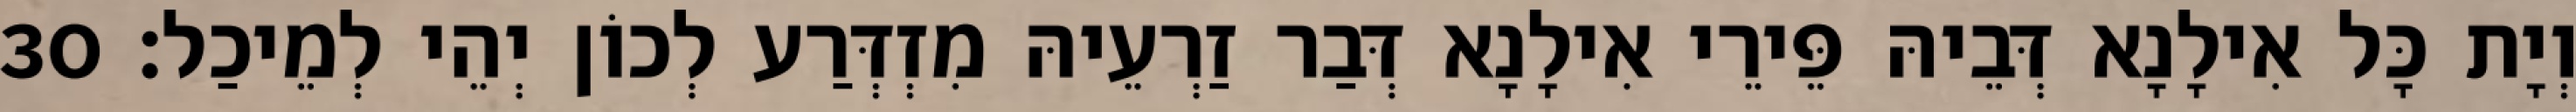
וְיָת כָּל אִילָנָא דְּבֵיהּ פֵּירֵי אִילָנָא דְּבַר זַרְעֵיהּ מִזְדְּרַע לְכוֹן יְהֵי לְמֵיכַל׃ 30